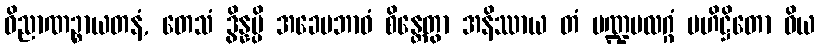
ဝိညာဏဉ္စာယတနံ, တေသံ ဒွိန္နမ္ပိ အခေမဘာဝံ စိန္တေတွာ အနိဿာယ တံ မဏ္ဍပလဂ္ဂံ ဗဟိဋ္ဌိတော ဝိယ